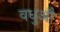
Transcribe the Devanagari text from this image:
वधुऔ